Malaria in the Punjab - Number 46
Disease focus: Malaria
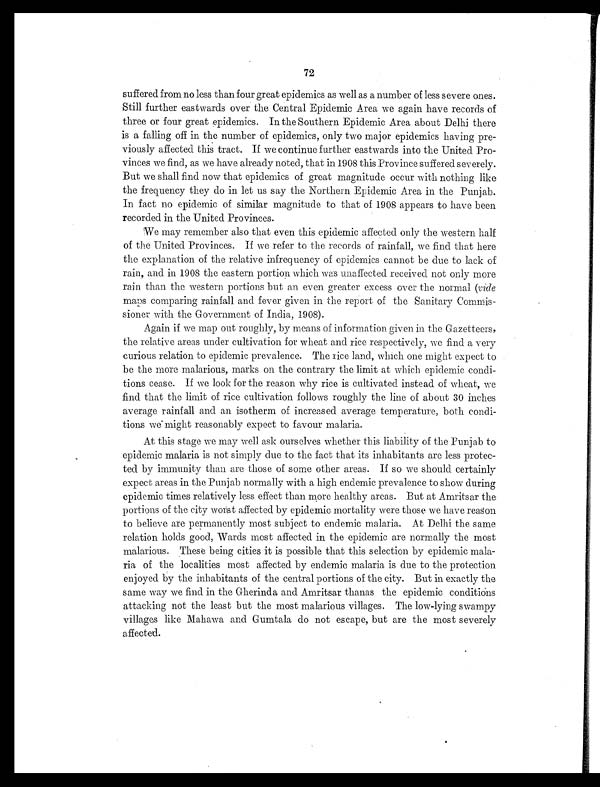
72
suffered from no less than four great epidemics as well as a number of less severe ones.
Still further eastwards over the Central Epidemic Area we again have records of
three or four great epidemics. In the Southern Epidemic Area about Delhi there
is a falling off in the number of epidemics, only two major epidemics having pre-
viously affected this tract. If we continue further eastwards into the United Pro-
vinces we find, as we have already noted, that in 1908 this Province suffered severely.
But we shall find now that epidemics of great magnitude occur with nothing like
the frequency they do in let us say the Northern Epidemic Area in the Punjab.
In fact no epidemic of similar magnitude to that of 1908 appears to have been
recorded in the United Provinces.
We may remember also that even this epidemic affected only the western half
of the United Provinces. If we refer to the records of rainfall, we find that here
the explanation of the relative infrequency of epidemics cannot be due to lack of
rain, and in 1908 the eastern portion which was unaffected received not only more
rain than the western portions but an even greater excess over the normal (vide
maps comparing rainfall and fever given in the report of the Sanitary
C o m m i s s i o n e r w i t h t h e G o v e r n m e n t o f I n d i a , 1 9 0 8 ) .
Again if we map out roughly, by means of information given in the Gazetteers,
the relative areas under cultivation for wheat and rice respectively, we find a very
curious relation to epidemic prevalence. The rice land, which one might expect to
be the more malarious, marks on the contrary the limit at which epidemic condi-
tions cease. If we look for the reason why rice is cultivated instead of wheat, we
find that the limit of rice cultivation follows roughly the line of about 30 inches
average rainfall and an isotherm of increased average temperature, both condi-
tions we might reasonably expect to favour malaria.
At this stage we may well ask ourselves whether this liability of the Punjab to
epidemic malaria is not simply due to the fact that its inhabitants are less protec-
ted by immunity than are those of some other areas. If so we should certainly
expect areas in the Punjab normally with a high endemic prevalence to show during
epidemic times relatively less effect than more healthy areas. But at Amritsar the
portions of the city worst affected by epidemic mortality were those we have reason
to believe are permanently most subject to endemic malaria. At Delhi the same
relation holds good, Wards most affected in the epidemic are normally the most
malarious. These being cities it is possible that this selection by epidemic mala-
ria of the localities most affected by endemic malaria is due to the protection
enjoyed by the inhabitants of the central portions of the city. But in exactly the
same way we find in the Gherinda and Amritsar thanas the epidemic conditions
attacking not the least but the most malarious villages. The low-lying swampy
villages like Mahawa and Gumtala do not escape, but are the most severely
affected.